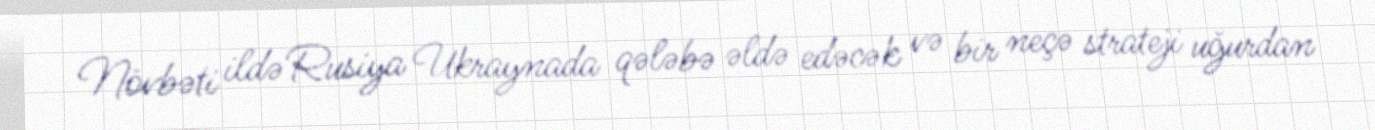
Növbəti ildə Rusiya Ukraynada qələbə əldə edəcək və bir neçə strateji uğurdan